DOW-UAP-D48, Department of the Air Force Report, 1996
Agency: Department of War
Incident date: 9/10/96
Page 22
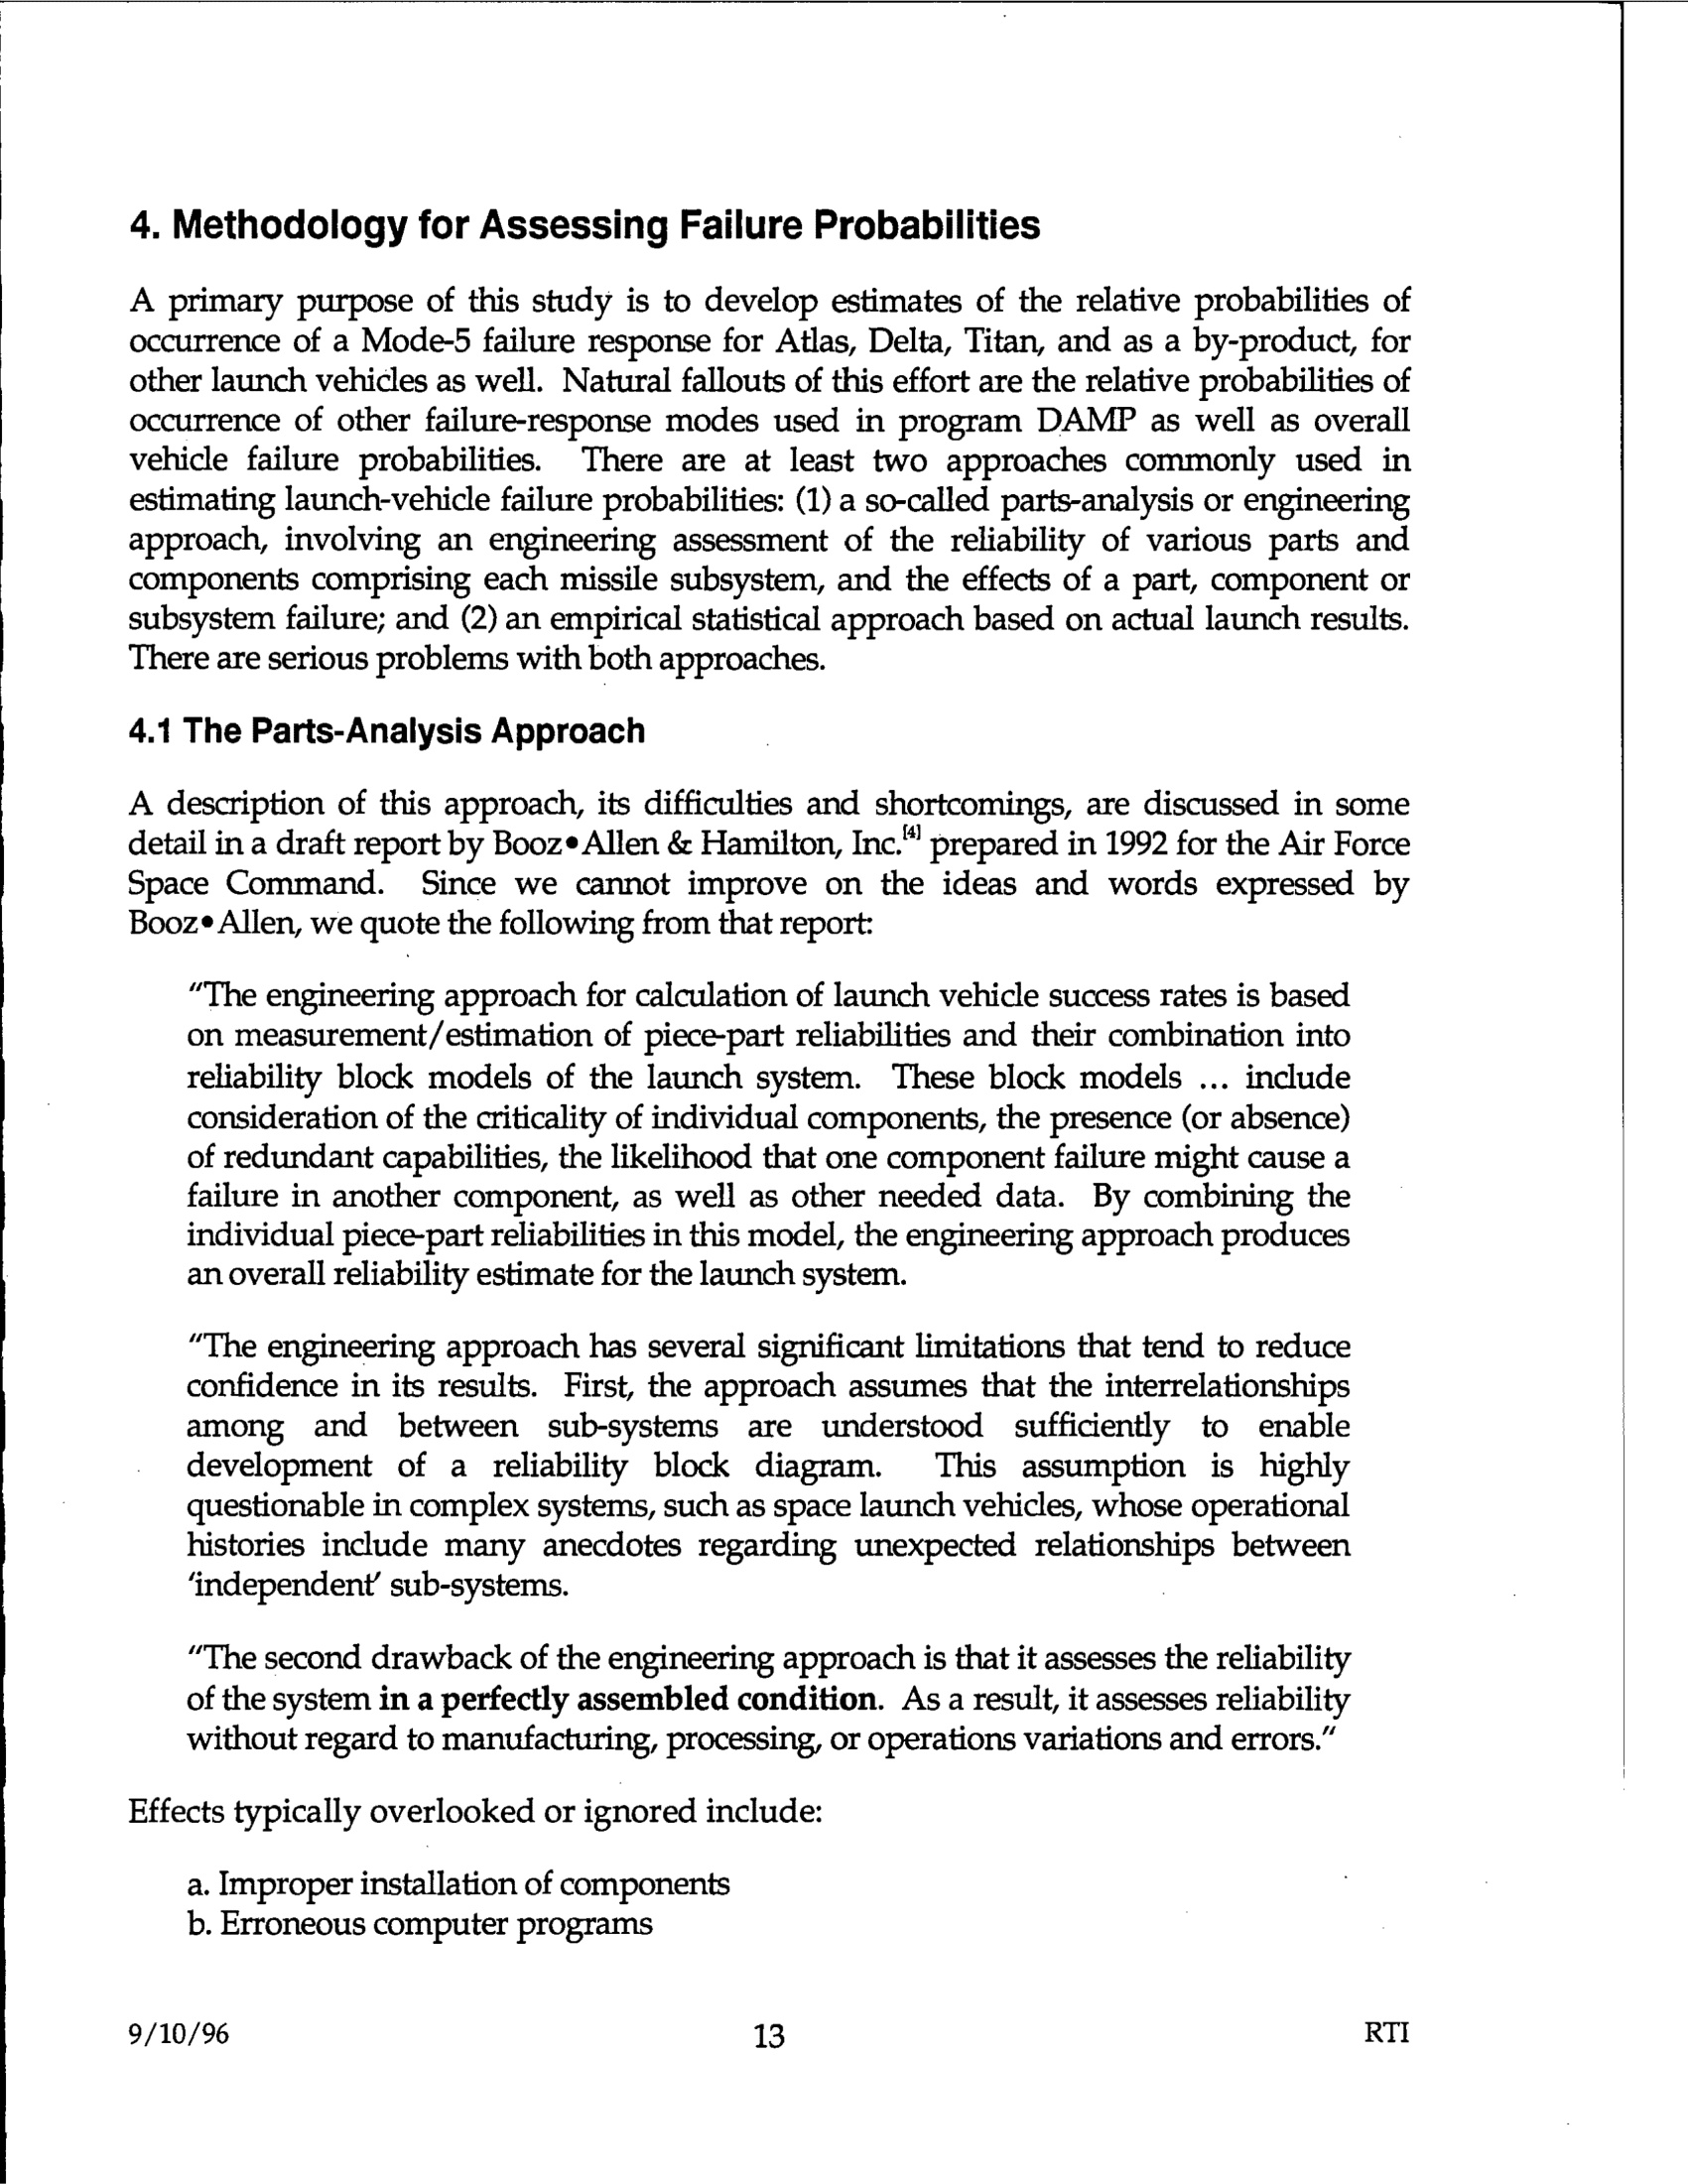